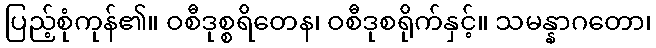
ပြည့်စုံကုန်၏။ ဝစီဒုစ္စရိတေန၊ ဝစီဒုစရိုက်နှင့်။ သမန္နာဂတော၊